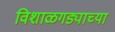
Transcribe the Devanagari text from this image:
विशाळगड्याच्या